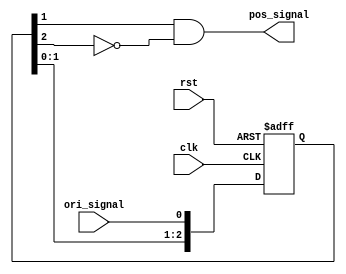
`timescale 1ns / 1ps
module deubonce (
input clk, rst, ori_signal, output pos_signal
);
reg[2:0] delay;

always @ ( posedge clk or posedge rst)
if(rst)
    delay <= 0;
else
    delay <= { delay[1:0], ori_signal} ;

assign pos_signal = delay[1] && ( ~delay[2] );

endmodule